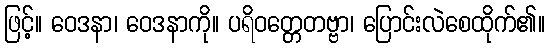
ဖြင့်။ ဝေဒနာ၊ ဝေဒနာကို။ ပရိဝတ္တေတဗ္ဗာ၊ ပြောင်းလဲစေထိုက်၏။